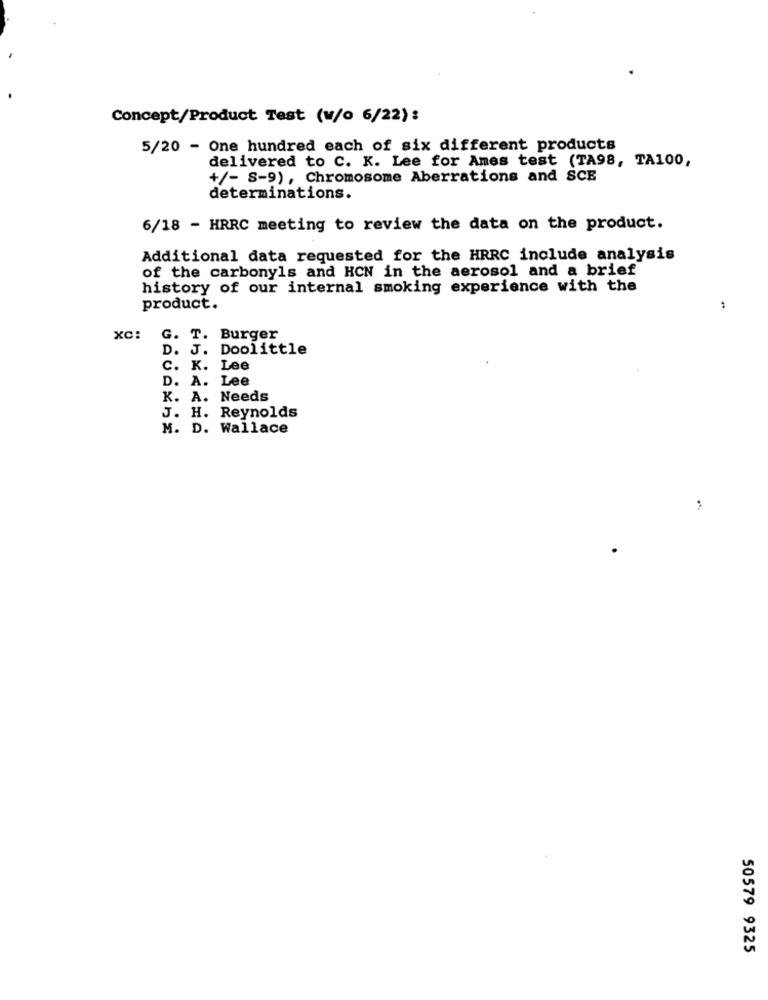
Concept/Product Test (w/o 6/22) :
5/20 - One hundred each of six different products
delivered to C. K. Lee for Ames test (TA98, TA100,
+/- S-9), Chromosome Aberrations and SCE
determinations.
6/18 - HRRC meeting to review the data on the product.
Additional data requested for the HRRC include analysis
of the carbonyls and HCN in the aerosol and a brief
history of our internal smoking experience with the
product.
xC:
G. T. Burger
D. J. Doolittle
C. K. Lee
D. A. Lee
K. A. Needs
J. H. Reynolds
M. D. Wallace
50579 9325